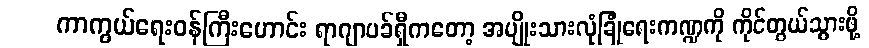
ကာကွယ်ရေးဝန်ကြီးဟောင်း ရာဂျာပခ်ရှီကတော့ အမျိုးသားလုံခြုံရေးကဏ္ဍကို ကိုင်တွယ်သွားဖို့